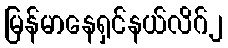
မြန်မာနေရှင်နယ်လိဂ်၂